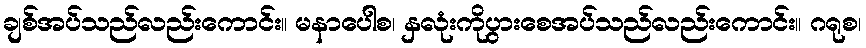
ချစ်အပ်သည်လည်းကောင်း။ မနာပေါစ၊ နှလုံးကိုပွားစေအပ်သည်လည်းကောင်း။ ဂရုစ၊